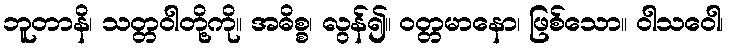
ဘူတာနိ၊ သတ္တဝါတို့ကို။ အဓိစ္စ၊ လွန်၍။ ဝတ္တမာနော၊ ဖြစ်သော။ ဝါသဝေါ၊